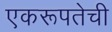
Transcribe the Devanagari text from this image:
एकरूपतेची